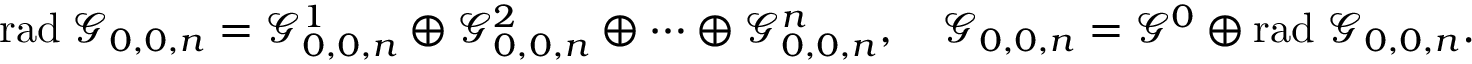
\begin{array} { r } { \mathrm { r a d } \; \mathcal { G } _ { 0 , 0 , n } = \mathcal { G } _ { 0 , 0 , n } ^ { 1 } \oplus \mathcal { G } _ { 0 , 0 , n } ^ { 2 } \oplus \cdots \oplus \mathcal { G } _ { 0 , 0 , n } ^ { n } , \quad \mathcal { G } _ { 0 , 0 , n } = \mathcal { G } ^ { 0 } \oplus \mathrm { r a d } \; \mathcal { G } _ { 0 , 0 , n } . } \end{array}